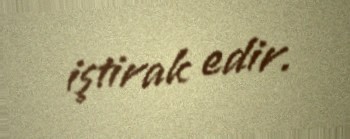
iştirak edir.